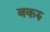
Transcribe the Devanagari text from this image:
बकरु